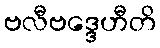
ဗလီဗဒ္ဒေဟီတိ